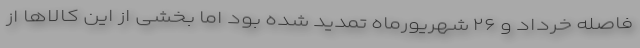
فاصله خرداد و ۲۶ شهریورماه تمدید شده بود اما بخشی از این کالاها از